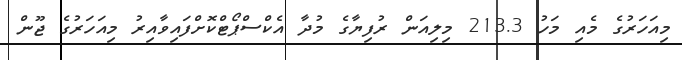
މިއަހަރުގެ މެއި މަހު 213.3 މިލިއަން ރުފިޔާގެ މުދާ އެކްސްޕޯޓްކޮށްފައިވާއިރު މިއަހަރުގެ ޖޫން